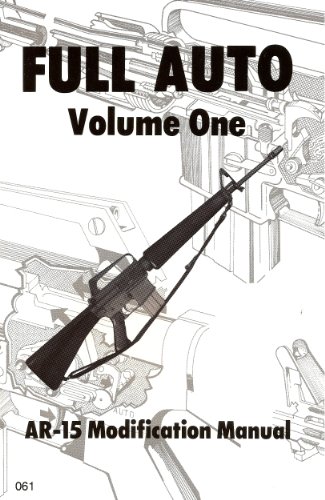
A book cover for Full Auto Volume 1 Ar-15 Modification Manuel (The Combat bookshelf); Desert; Sports & Outdoors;